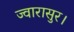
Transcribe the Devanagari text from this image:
ज्वारासुर।